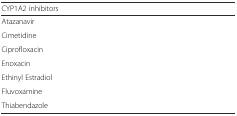
<table><thead><tr><td><b>CYP1A2 inhibitors</b></td></tr></thead><tbody><tr><td>Atazanavir</td></tr><tr><td>Cimetidine</td></tr><tr><td>Ciprofloxacin</td></tr><tr><td>Enoxacin</td></tr><tr><td>Ethinyl Estradiol</td></tr><tr><td>Fluvoxamine</td></tr><tr><td>Thiabendazole</td></tr></tbody></table>